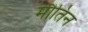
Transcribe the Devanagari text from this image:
मौतिन